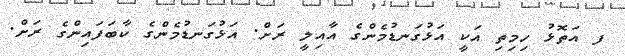
ފ އަތޮޅު ހިމިތި އަކީ އަޅުގަނޑުމެންގެ އާއިލީ ރަށް. އަަޅުގަނޑުމެންގެ ކާބަފައިންގެ ރަށް.